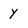
Character: y